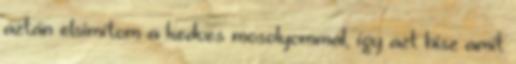
aztán elsimítom a kedves mosolyommal, így azt hisz amit